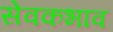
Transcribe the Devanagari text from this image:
सेवकभाव